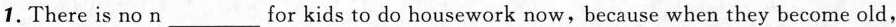
1.There is no n___for kids to do housework now, because when they become old,